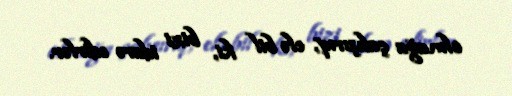
olmağa çalışırıq, elə bil ki, bizi idarə edirlər.